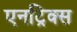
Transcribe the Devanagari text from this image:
एनट्रिक्स